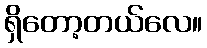
ရှိတော့တယ်လေ။